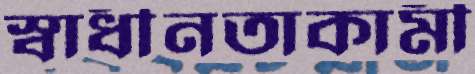
স্বাধীনতাকামী